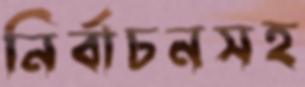
নির্বাচনসহ